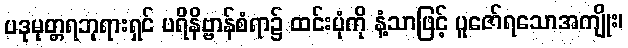
ပဒုမုတ္တရဘုရားရှင် ပရိနိဗ္ဗာန်စံရာ၌ ထင်းပုံကို နံ့သာဖြင့် ပူဇော်ရသောအကျိုး၊